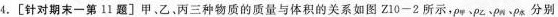
4.[针对期末一第11题]甲、乙。丙三种物质的质量与体积的关系如图Z10-2所示，\rho _{甲}、\rho _{乙}、\rho _{丙}、\rho _{水}分别